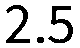
2.5